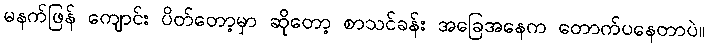
မနက်ဖြန် ကျောင်း ပိတ်တော့မှာ ဆိုတော့ စာသင်ခန်း အခြေအနေက တောက်ပနေတာပဲ။